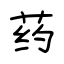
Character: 药